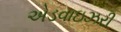
એડવાઇઝરી